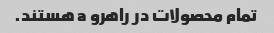
تمام محصولات در راهرو a هستند.